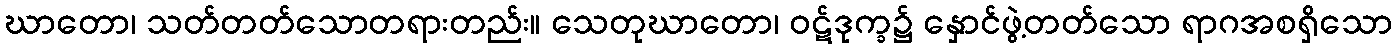
ဃာတော၊ သတ်တတ်သောတရားတည်း။ သေတုဃာတော၊ ဝဋ်ဒုက္ခ၌ နှောင်ဖွဲ့တတ်သော ရာဂအစရှိသော